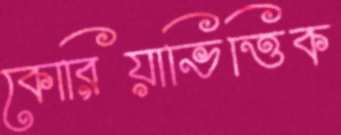
কোরিয়াভিত্তিক